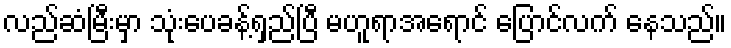
လည်ဆံမြီးမှာ သုံးပေခန့်ရှည်ပြီ မဟူရာအရောင် ပြောင်လက် နေသည်။